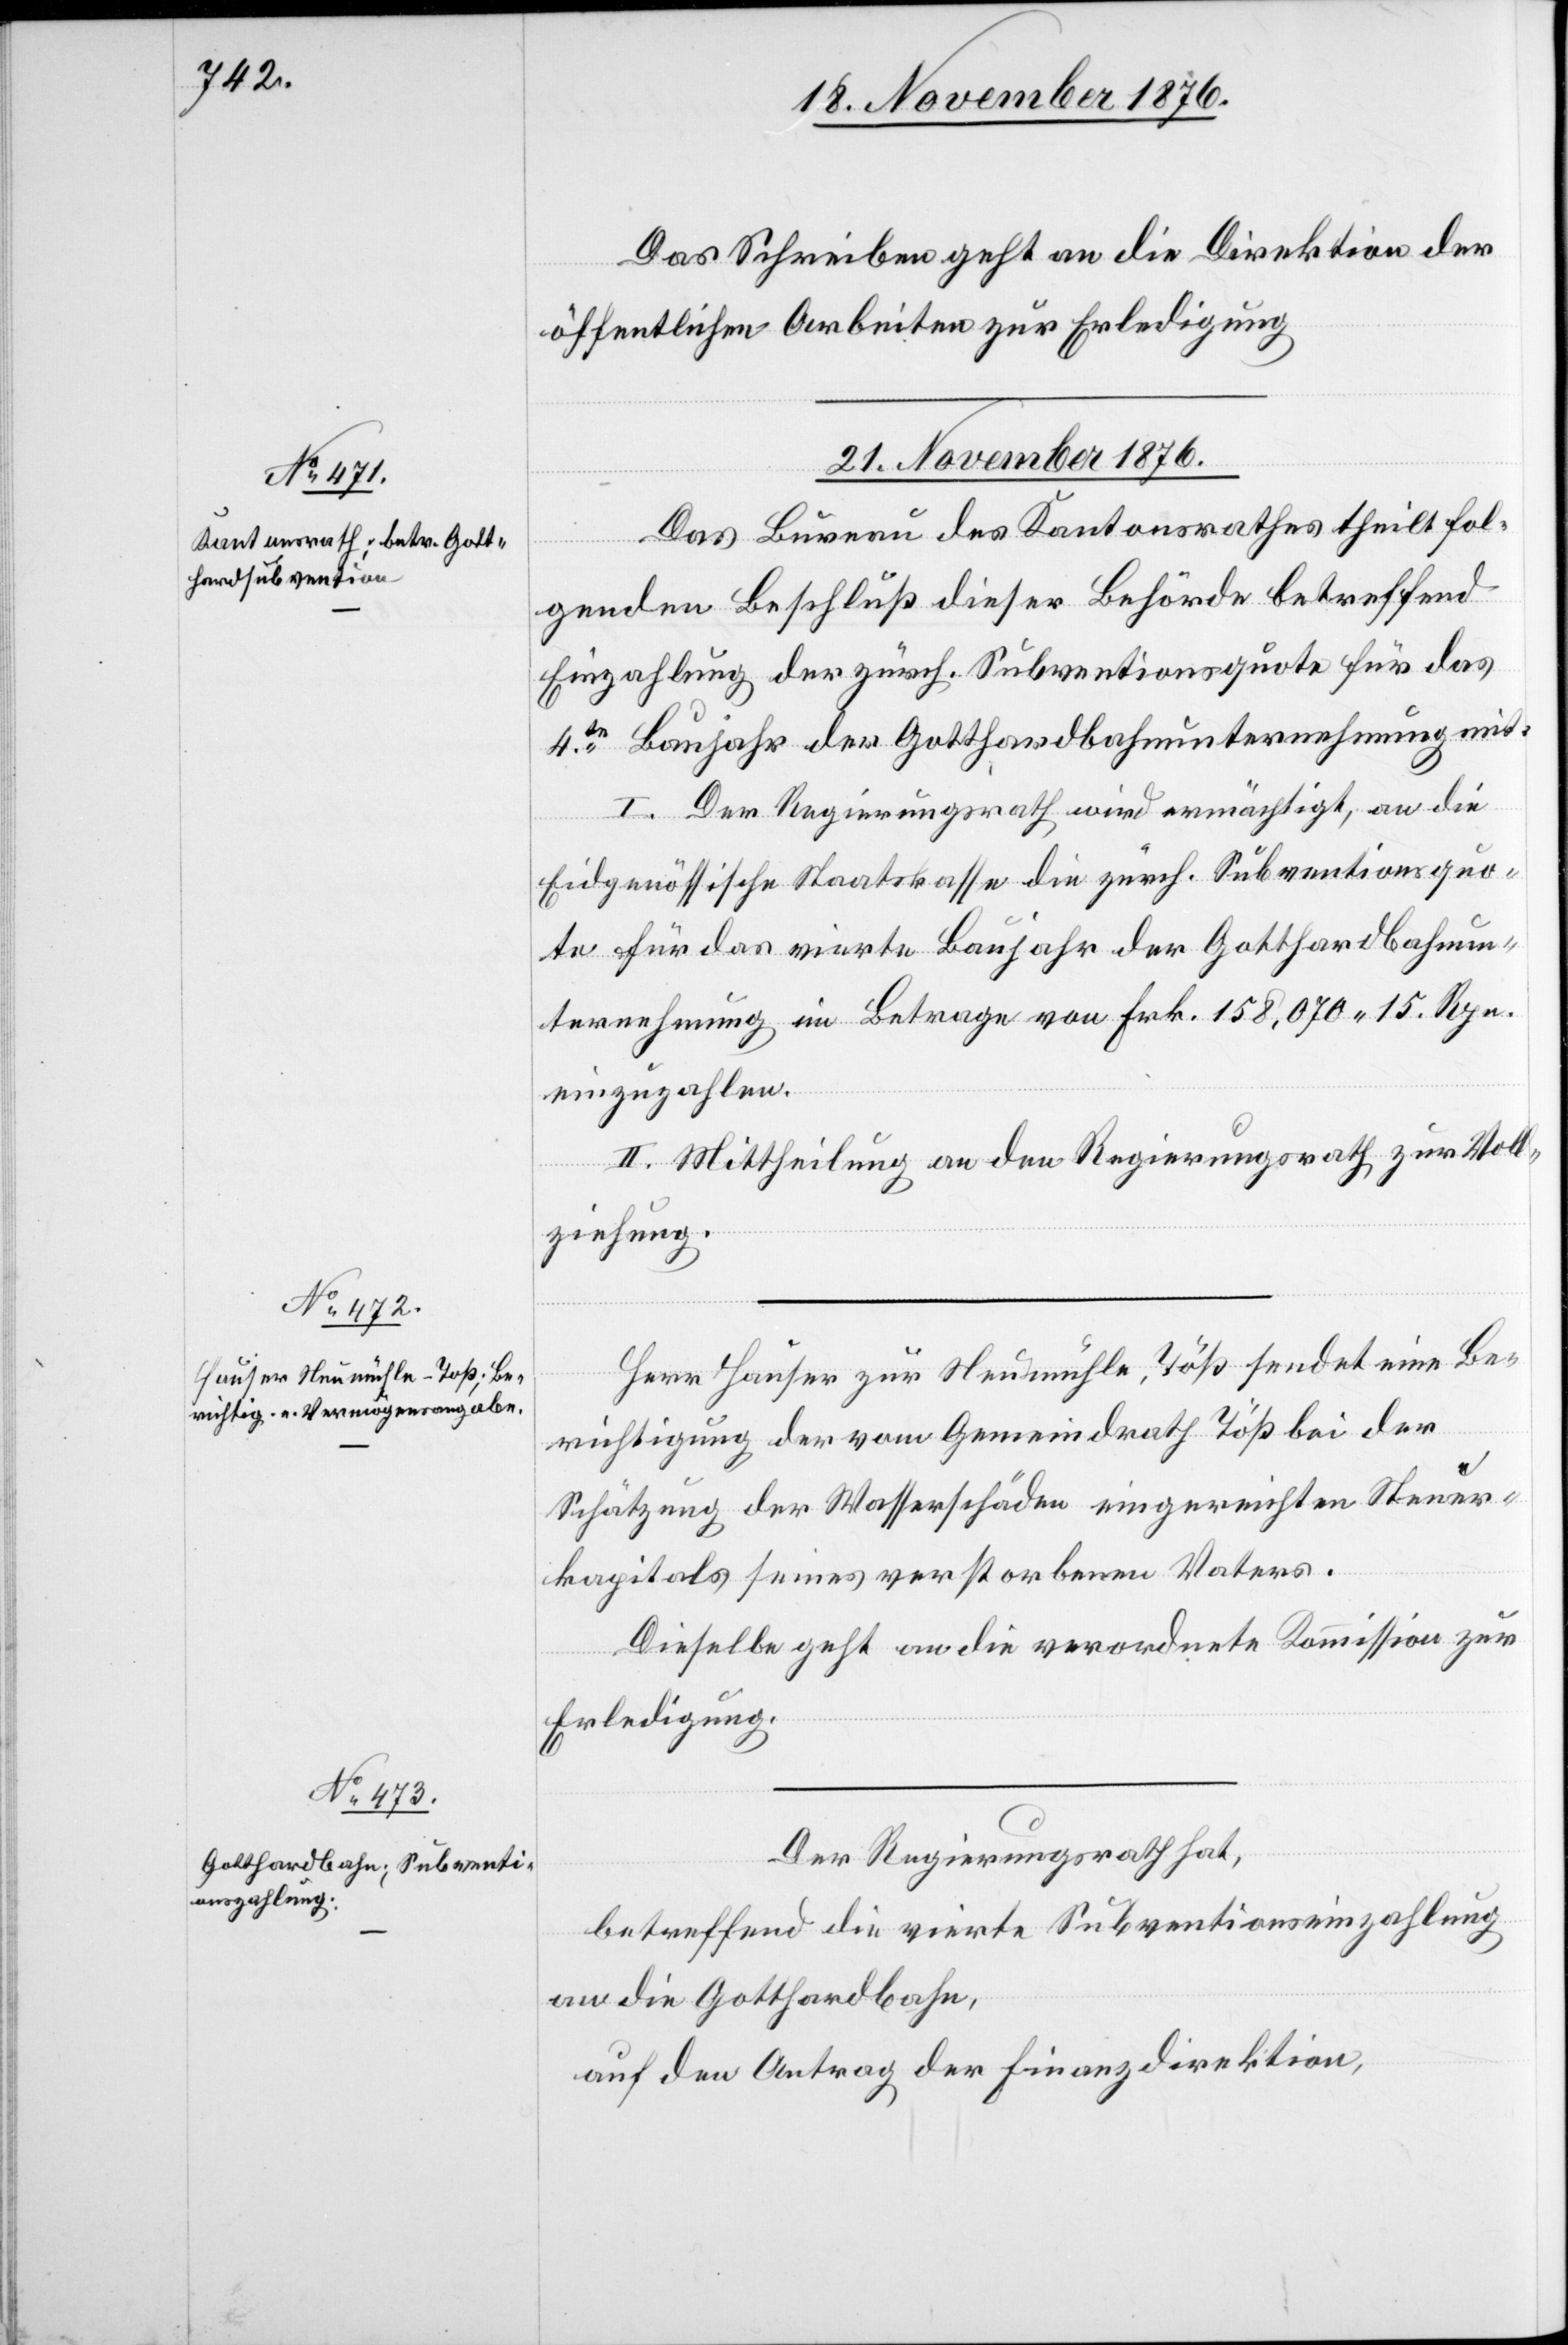
Nov. 1876.]

Das Schreiben geht an die Direktion der
öffentlichen Arbeiten zur Erledigung.
Das Bureau des Kantonsrathes theilt fol¬
genden Beschluß dieser Behörde betreffend
Einzahlung der zürch. Subventionsquote für das
4te Baujahr der Gotthardbahnunternehmung mit:
I. Der Regierungsrath wird ermächtigt, an die
Eidgenössische Staatskasse die zürch. Subventionsquo¬
te für das vierte Baujahr der Gotthardbahnun¬
ternehmung im Betrage von Frk. 158,070 15 Rpn.
einzuzahlen.
II. Mittheilung an den Regierungsrath zur Voll¬
ziehung.
Herrn Hauser zur Neumühle, Töß sendet eine Be¬
richtigung der [recte: des] vom Gemeindrath Töß bei der
Schätzung der Wasserschäden eingereichten Steuer¬
kapitals seines verstorbenen Vaters.
Dieselbe geht an die verordnete Kommission zur
Erledigung.
Der Regierungsrath hat,
betreffend die vierte Subventionseinzahlung
an die Gotthardbahn,
auf den Antrag der Finanzdirektion,